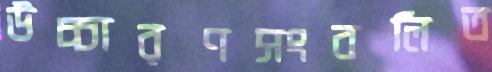
উচ্চারণসংবলিত